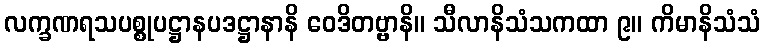
လက္ခဏရသပစ္စုပဋ္ဌာနပဒဋ္ဌာနာနိ ဝေဒိတဗ္ဗာနိ။ သီလာနိသံသကထာ ၉။ ကိမာနိသံသံ